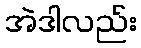
အဲဒါလည်း